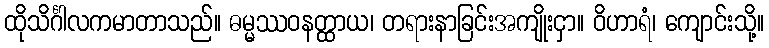
ထိုသိင်္ဂါလကမာတာသည်။ ဓမ္မဿဝနတ္ထာယ၊ တရားနာခြင်းအကျိုးငှာ။ ဝိဟာရံ၊ ကျောင်းသို့။